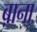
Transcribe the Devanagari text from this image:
ब़ाना